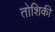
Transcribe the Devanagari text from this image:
तोशिकी